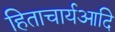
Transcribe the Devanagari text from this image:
हिताचार्यआदि